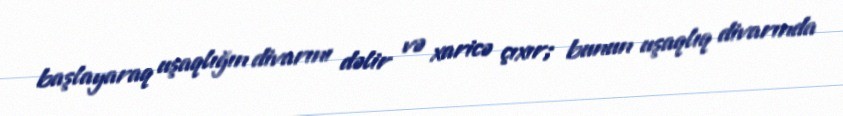
başlayaraq uşaqlığın divarını dəlir və xaricə çıxır; bunun uşaqlıq divarında